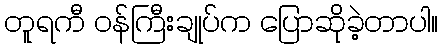
တူရကီ ဝန်ကြီးချုပ်က ပြောဆိုခဲ့တာပါ။